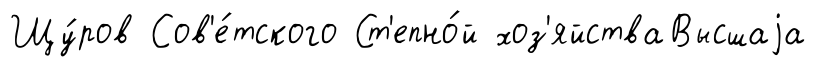
Щу́ров Сов'е́тского Ст'епно́й хоз'яйстваВысшаjа